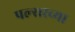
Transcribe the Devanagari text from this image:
पल्सरच्या